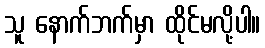
သူ နောက်ဘက်မှာ ထိုင်မလို့ပါ။